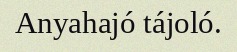
Anyahajó tájoló.